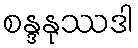
စန္ဒနုဿဒါ